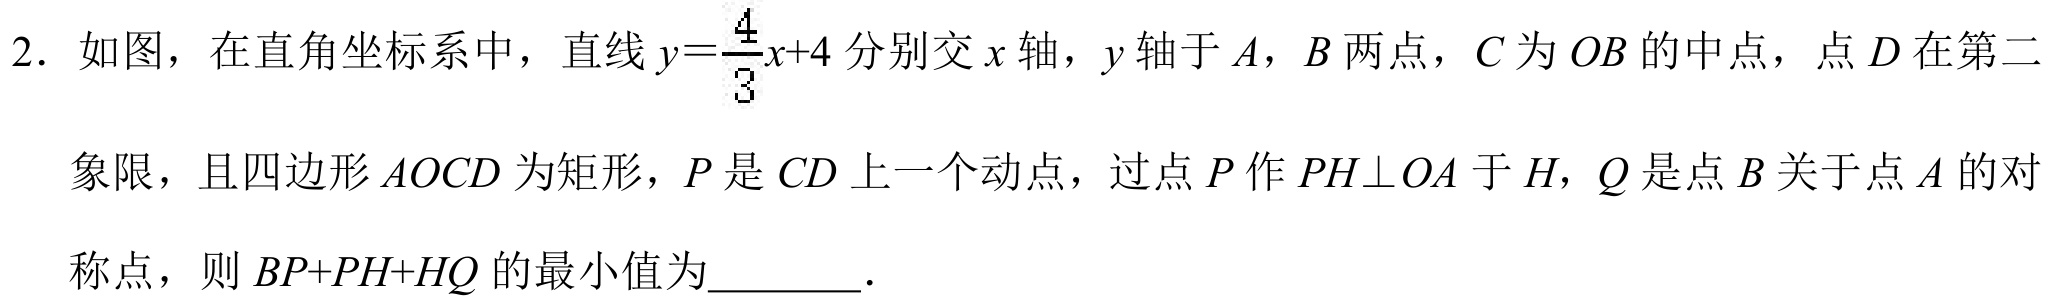
2. 如图，在直角坐标系中，直线\(y = \frac{4}{3}x + 4\)分别交\(x\)轴，\(y\)轴于\(A\)，\(B\)两点，\(C\)为\(OB\)的中点，点\(D\)在第二
象限，且四边形\(AOCD\)为矩形，\(P\)是\(CD\)上一个动点，过点\(P\)作\(PH\perp OA\)于\(H\)，\(Q\)是点\(B\)关于点\(A\)的对
称点，则\(BP + PH+HQ\)的最小值为________．